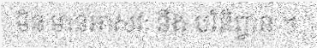
មិន មានអាសវៈ នឹង បរិនិព្វាន ។